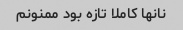
نانها کاملا تازه بود ممنونم